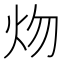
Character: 𤆞